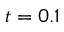
t = 0 . 1